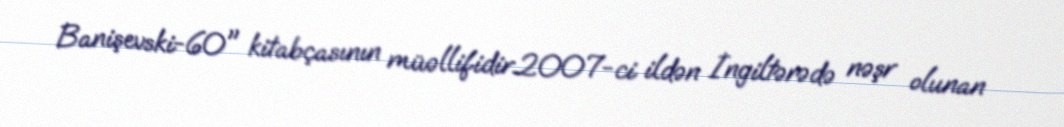
Banişevski-60" kitabçasının müəllifidir.2007-ci ildən İngiltərədə nəşr olunan